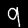
Label: 9